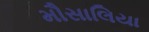
મૌસાલિયા